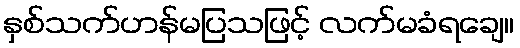
နှစ်သက်ဟန်မပြသဖြင့် လက်မခံရချေ။